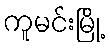
ကူမင်းမြို့